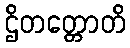
ဌိတတ္တောတိ